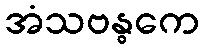
အံသဗန္ဓကေ